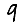
Digit: 9